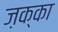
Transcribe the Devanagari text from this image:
ज़क्का